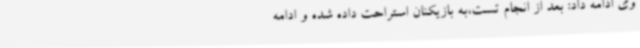
وی ادامه داد: بعد از انجام تست،به بازیکنان استراحت داده شده و ادامه